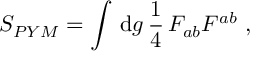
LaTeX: { \cal S } _ { P Y M } = \int \, \mathrm { d } g \, \frac { 1 } { 4 } \, F _ { a b } F ^ { a b } ~ ,